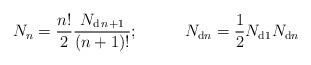
LaTeX: \begin{align*}N_{n}=\frac{n!}{2}\frac{N_{\mathrm{d}\,n+1}}{(n+1)!}; \;\;\;\;\;\;\;\;\;\; N_{\mathrm{d}n}=\frac{1}{2}N_{\mathrm{d1}}N_{\mathrm{d}n}\end{align*}